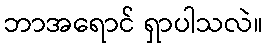
ဘာအရောင် ရှာပါသလဲ။